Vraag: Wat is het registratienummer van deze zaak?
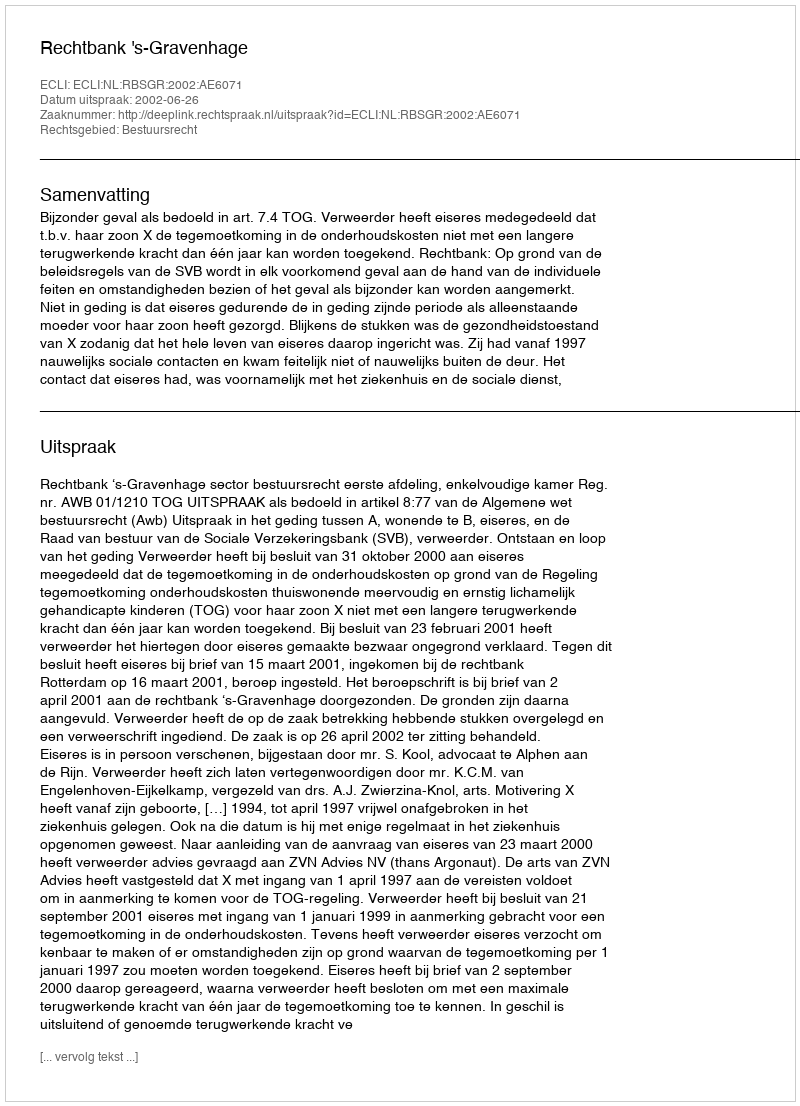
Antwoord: http://deeplink.rechtspraak.nl/uitspraak?id=ECLI:NL:RBSGR:2002:AE6071